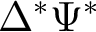
\Delta ^ { * } \Psi ^ { * }